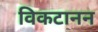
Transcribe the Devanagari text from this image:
विकटानन